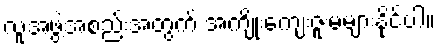
လူ့အဖွဲ့အစည်းအတွက် အကျိုးကျေးဇူးမများနိုင်ပါ။